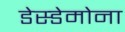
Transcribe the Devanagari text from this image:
डेस्डेमोना